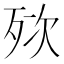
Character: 𣧸